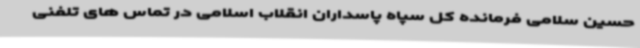
حسین سلامی فرمانده کل سپاه پاسداران انقلاب اسلامی در تماس های تلفنی